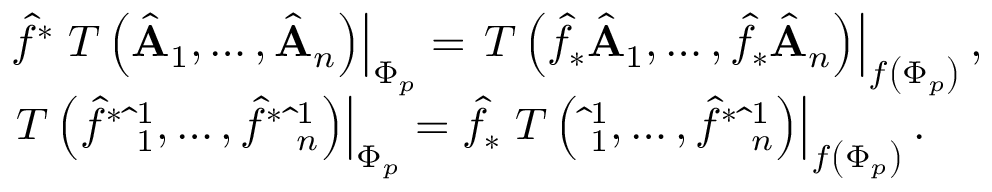
\begin{array} { l } { { \hat { f } ^ { * } \left. T \left( \hat { \bf A } _ { 1 } , \ldots , \hat { \bf A } _ { n } \right) \right| _ { \Phi _ { p } } = \left. T \left( \hat { f } _ { * } \hat { \bf A } _ { 1 } , \ldots , \hat { f } _ { * } \hat { \bf A } _ { n } \right) \right| _ { f \left( \Phi _ { p } \right) } , } } \\ { { \left. T \left( \hat { f } ^ { * } \hat { \bf \omega } _ { 1 } ^ { 1 } , \ldots , \hat { f } ^ { * } \hat { \bf \omega } _ { n } ^ { 1 } \right) \right| _ { \Phi _ { p } } = \hat { f } _ { * } \left. T \left( \hat { \bf \omega } _ { 1 } ^ { 1 } , \ldots , \hat { f } ^ { * } \hat { \bf \omega } _ { n } ^ { 1 } \right) \right| _ { f \left( \Phi _ { p } \right) } . } } \end{array}